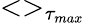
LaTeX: <>_{\tau_{max}}